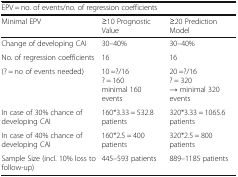
<table><thead><tr><td colspan="3"><b>EPV = no. of events/no. of regression coefficients</b></td></tr><tr><td><b>Minimal EPV</b></td><td><b>≥10 Prognostic Value</b></td><td><b>≥20 Prediction Model</b></td></tr></thead><tbody><tr><td>Change of developing CAI</td><td>30–40%</td><td>30–40%</td></tr><tr><td>No. of regression coefficients</td><td>16</td><td>16</td></tr><tr><td>(? = no of events needed)</td><td>10 =?/16? = 160minimal 160 events</td><td>20 =?/16? = 320→ minimal 320 events</td></tr><tr><td>In case of 30% chance of developing CAI</td><td>160*3.33 = 532.8 patients</td><td>320*3.33 = 1065.6 patients</td></tr><tr><td>In case of 40% chance of developing CAI</td><td>160*2.5 = 400 patients</td><td>320*2.5 = 800 patients</td></tr><tr><td>Sample Size (incl. 10% loss to follow-up)</td><td>445–593 patients</td><td>889–1185 patients</td></tr></tbody></table>